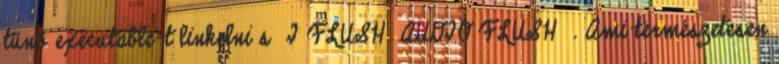
tűnő executable-t linkelni s I FLUSH AUDIO FLUSH . Ami természetesen